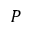
{ \cal P }